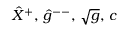
{ \hat { X } } ^ { + } , \, { \hat { g } } ^ { -- } , \, \sqrt { g } , \, c